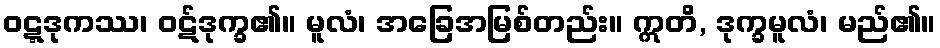
ဝဋ္ဋဒုကဿ၊ ဝဋ်ဒုက္ခ၏။ မူလံ၊ အခြေအမြစ်တည်း။ ဣတိ, ဒုက္ခမူလံ၊ မည်၏။